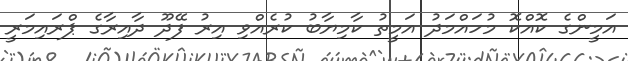
އަމީންގެ ކޮއްކޮ މުހައްމަދު އަމީތު ކާމިޔާބު ކުރެއްވި އިރު ފޭދޫ ދާއިރާގެ ޕްރައިމަރީ